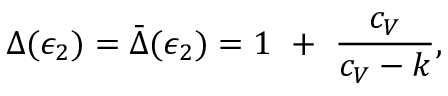
\Delta ( \epsilon _ { 2 } ) = \bar { \Delta } ( \epsilon _ { 2 } ) = 1 ~ + ~ { \frac { c _ { V } } { c _ { V } - k } } ,